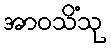
အာဝသိံသု